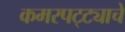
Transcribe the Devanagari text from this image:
कमरपट्ट्याचे